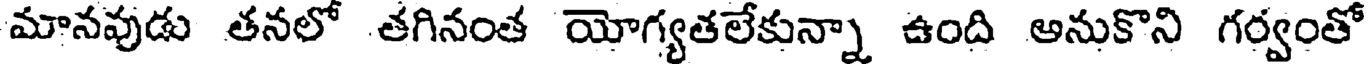
మానవుడు తనలో తగినంత యోగ్యతలేకున్నా ఉంది అనుకొని గర్వంతో